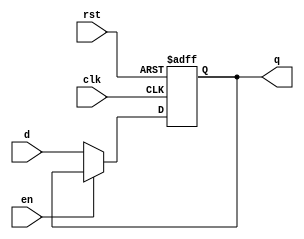
/* 
    Negative triggered dff with asynchronous hign active reset and low active enable
*/ 
module dff_beta (clk, rst, en, d, q);
    input clk, rst, en, d;
    output q;
    reg q;

    always @(negedge clk, posedge rst) begin
        if(rst) q <= 1'b0;
        else 
            if(!en) q <= d;
            else q <= q;
    end
endmodule